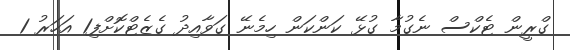
ގްރީން ޓެކްސް ނެގުމާ ގުޅޭ ކަންކަން ހިމެނޭ ގަވާއިދު ގެޒެޓްކޮށްފި1 އަހަރު 1